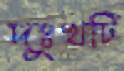
দুঃখটি